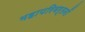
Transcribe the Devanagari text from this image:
महापरिवर्तनों